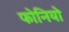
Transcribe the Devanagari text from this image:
फोनियो